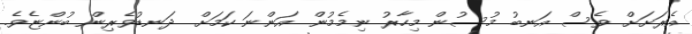
އެރަށަށް ވެސް އަނބު މުސުން މިހާރު ނިމެމުން އަންނަ ކަމަށް ދަނޑުވެރިން ބުންޏެވެ.